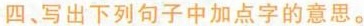
四、写出下列句子中加点字的意思。